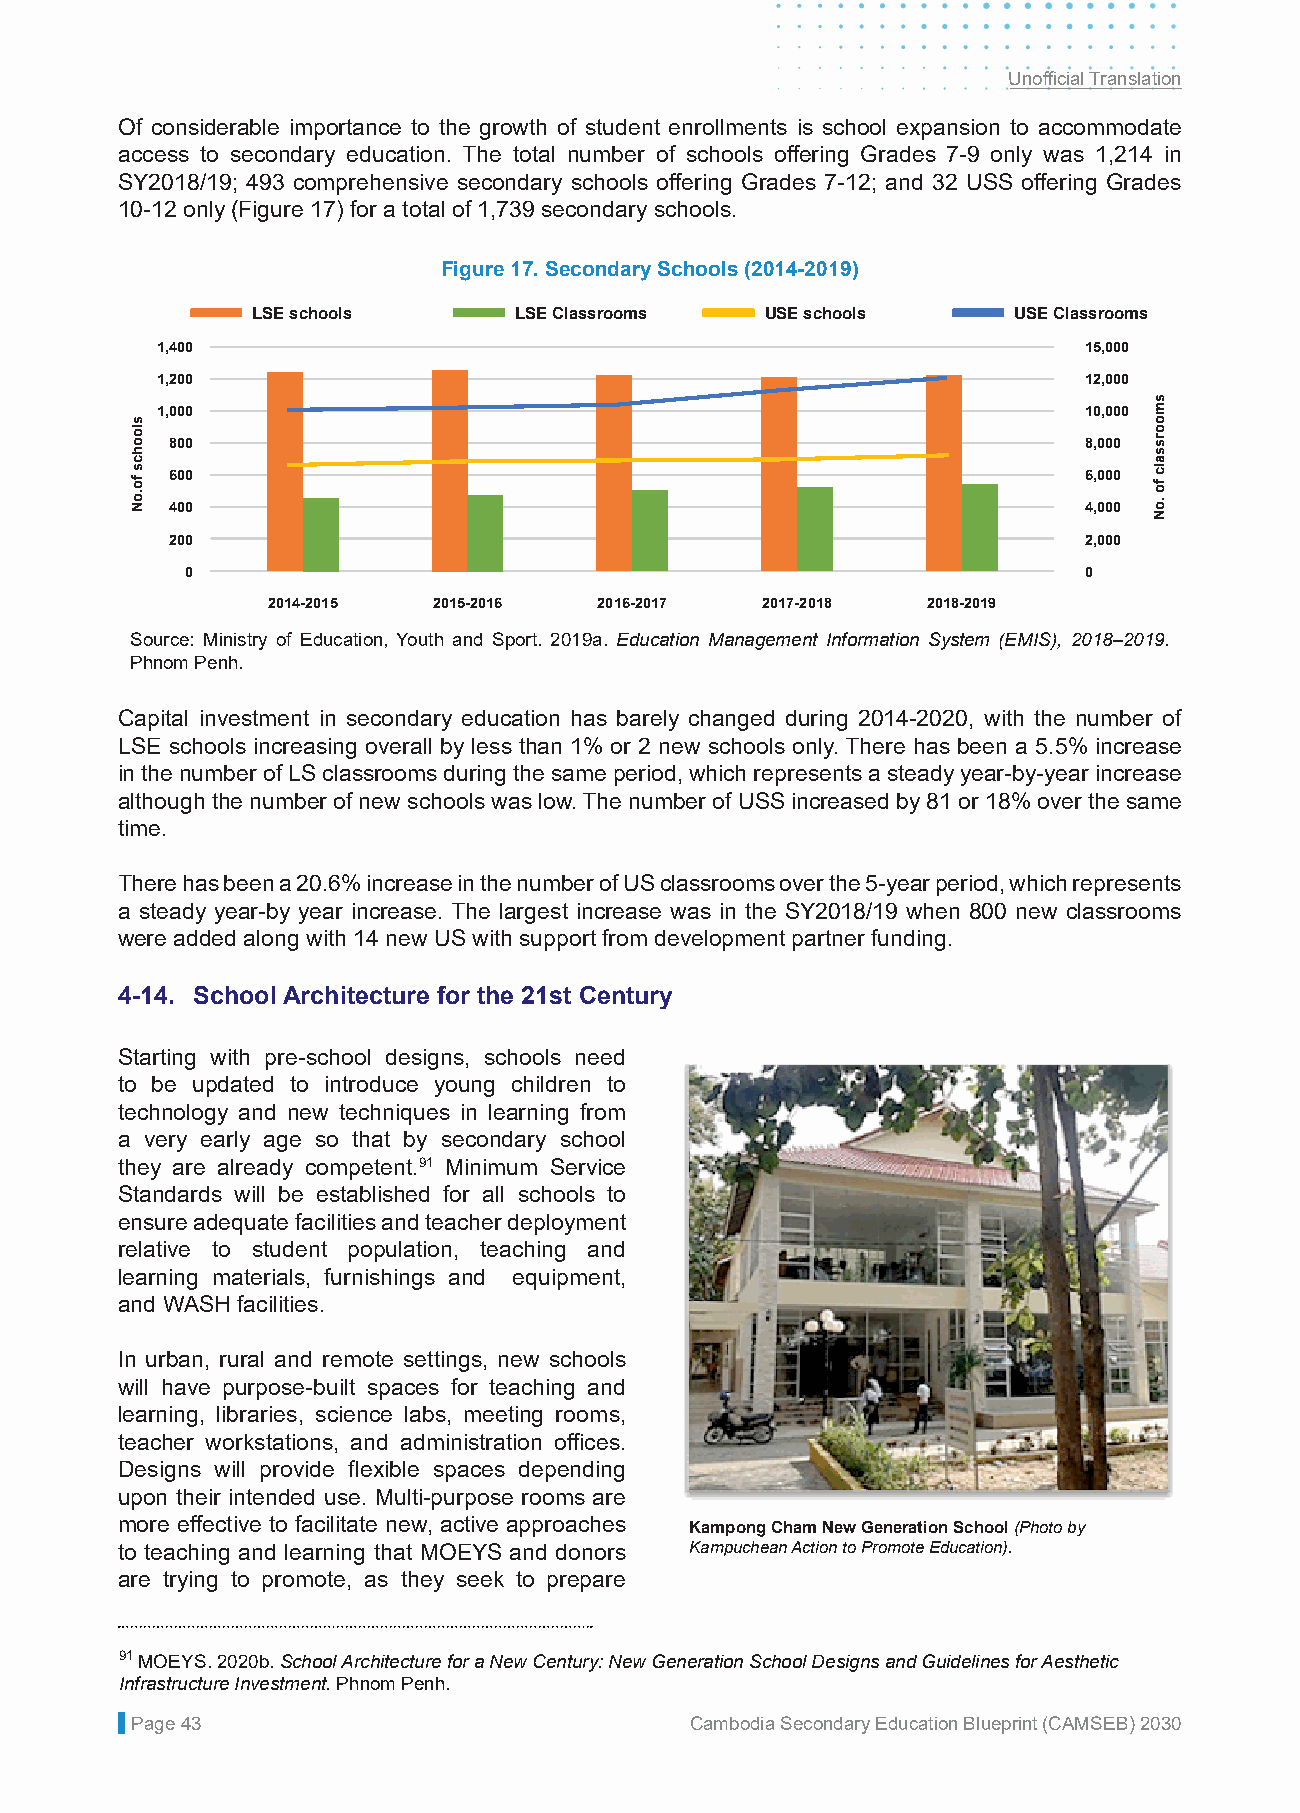
Unofficial Translation
 Of considerable importance to the growth of student enrollments is school expansion to accommodate
 access to secondary education. The total number of schools offering Grades 7-9 only was 1,214 in
 SY2018/19; 493 comprehensive secondary schools offering Grades 7-12; and 32 USS offering Grades
 10-12 only (Figure 17) for a total of 1,739 secondary schools.
 Figure 17. Secondary Schools (2014-2019)
 LSE schools      LSE Classrooms   USE schools     USE Classrooms
 1,400                                                         15,000
 1,200                                                         12,000
 1,000                                                         10,000
 800                                                          8,000
 600                                                          6,000
 400                                                          4,000
 200                                                          2,000
 0                                                           0
 2014-2015  2015-2016  2016-2017 2017-2018  2018-2019
 Source: Ministry of Education, Youth and Sport. 2019a. Education Management Information System (EMIS), 2018–2019.
 Phnom Penh.
 Capital investment in secondary education has barely changed during 2014-2020, with the number of
 LSE schools increasing overall by less than 1% or 2 new schools only. There has been a 5.5% increase
 in the number of LS classrooms during the same period, which represents a steady year-by-year increase
 although the number of new schools was low. The number of USS increased by 81 or 18% over the same
 time.
 There has been a 20.6% increase in the number of US classrooms over the 5-year period, which represents
 a steady year-by year increase. The largest increase was in the SY2018/19 when 800 new classrooms
 were added along with 14 new US with support from development partner funding.
 4-14. School Architecture for the 21st Century
 Starting with pre-school designs, schools need
 to be updated to introduce young children to
 technology and new techniques in learning from
 a very early age so that by secondary school
 they are already competent.91 Minimum Service
 Standards will be established for all schools to
 ensure adequate facilities and teacher deployment
 relative to student population, teaching and
 learning materials, furnishings and equipment,
 and WASH facilities.
 In urban, rural and remote settings, new schools
 will have purpose-built spaces for teaching and
 learning, libraries, science labs, meeting rooms,
 teacher workstations, and administration offices.
 Designs will provide flexible spaces depending
 upon their intended use. Multi-purpose rooms are
 more effective to facilitate new, active approaches Kampong Cham New Generation School (Photo by
 to teaching and learning that MOEYS and donors Kampuchean Action to Promote Education).
 are trying to promote, as they seek to prepare
 91 MOEYS. 2020b. School Architecture for a New Century: New Generation School Designs and Guidelines for Aesthetic
 Infrastructure Investment. Phnom Penh.
 Page 43                              Cambodia Secondary Education Blueprint (CAMSEB) 2030
 sloohcs
 fo.oN
 smoorssalc
 fo
 .oN